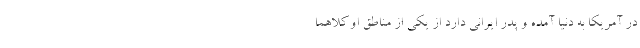
در آمریکا به دنیا آمده و پدر ایرانی دارد از یکی از مناطق اوکلاهما